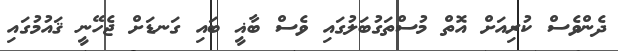
ދެންވެސް ކުރިއަށް އޮތް މުސްތަގުބަލުގައި ވެސް ބާޣީ ބައި ގަނޑަށް ޖެހޭނީ ޤައުމުގައި